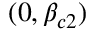
( 0 , \beta _ { c 2 } )